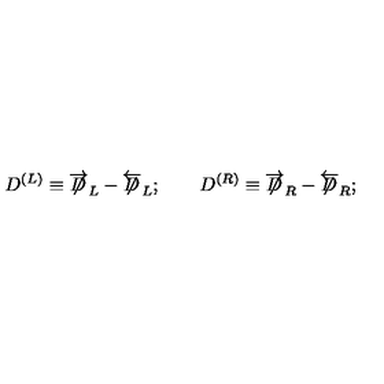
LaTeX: D ^ { ( L ) } \equiv \overrightarrow { \not \! \! D } _ { L } - \overleftarrow { \not \! \! D } _ { L } ; \qquad D ^ { ( R ) } \equiv \overrightarrow { \not \! \! D } _ { R } - \overleftarrow { \not \! \! D } _ { R } ;